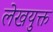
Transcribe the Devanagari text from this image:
लेखयुक्त